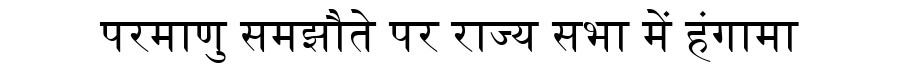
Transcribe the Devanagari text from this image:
परमाणु समझौते पर राज्य सभा में हंगामा